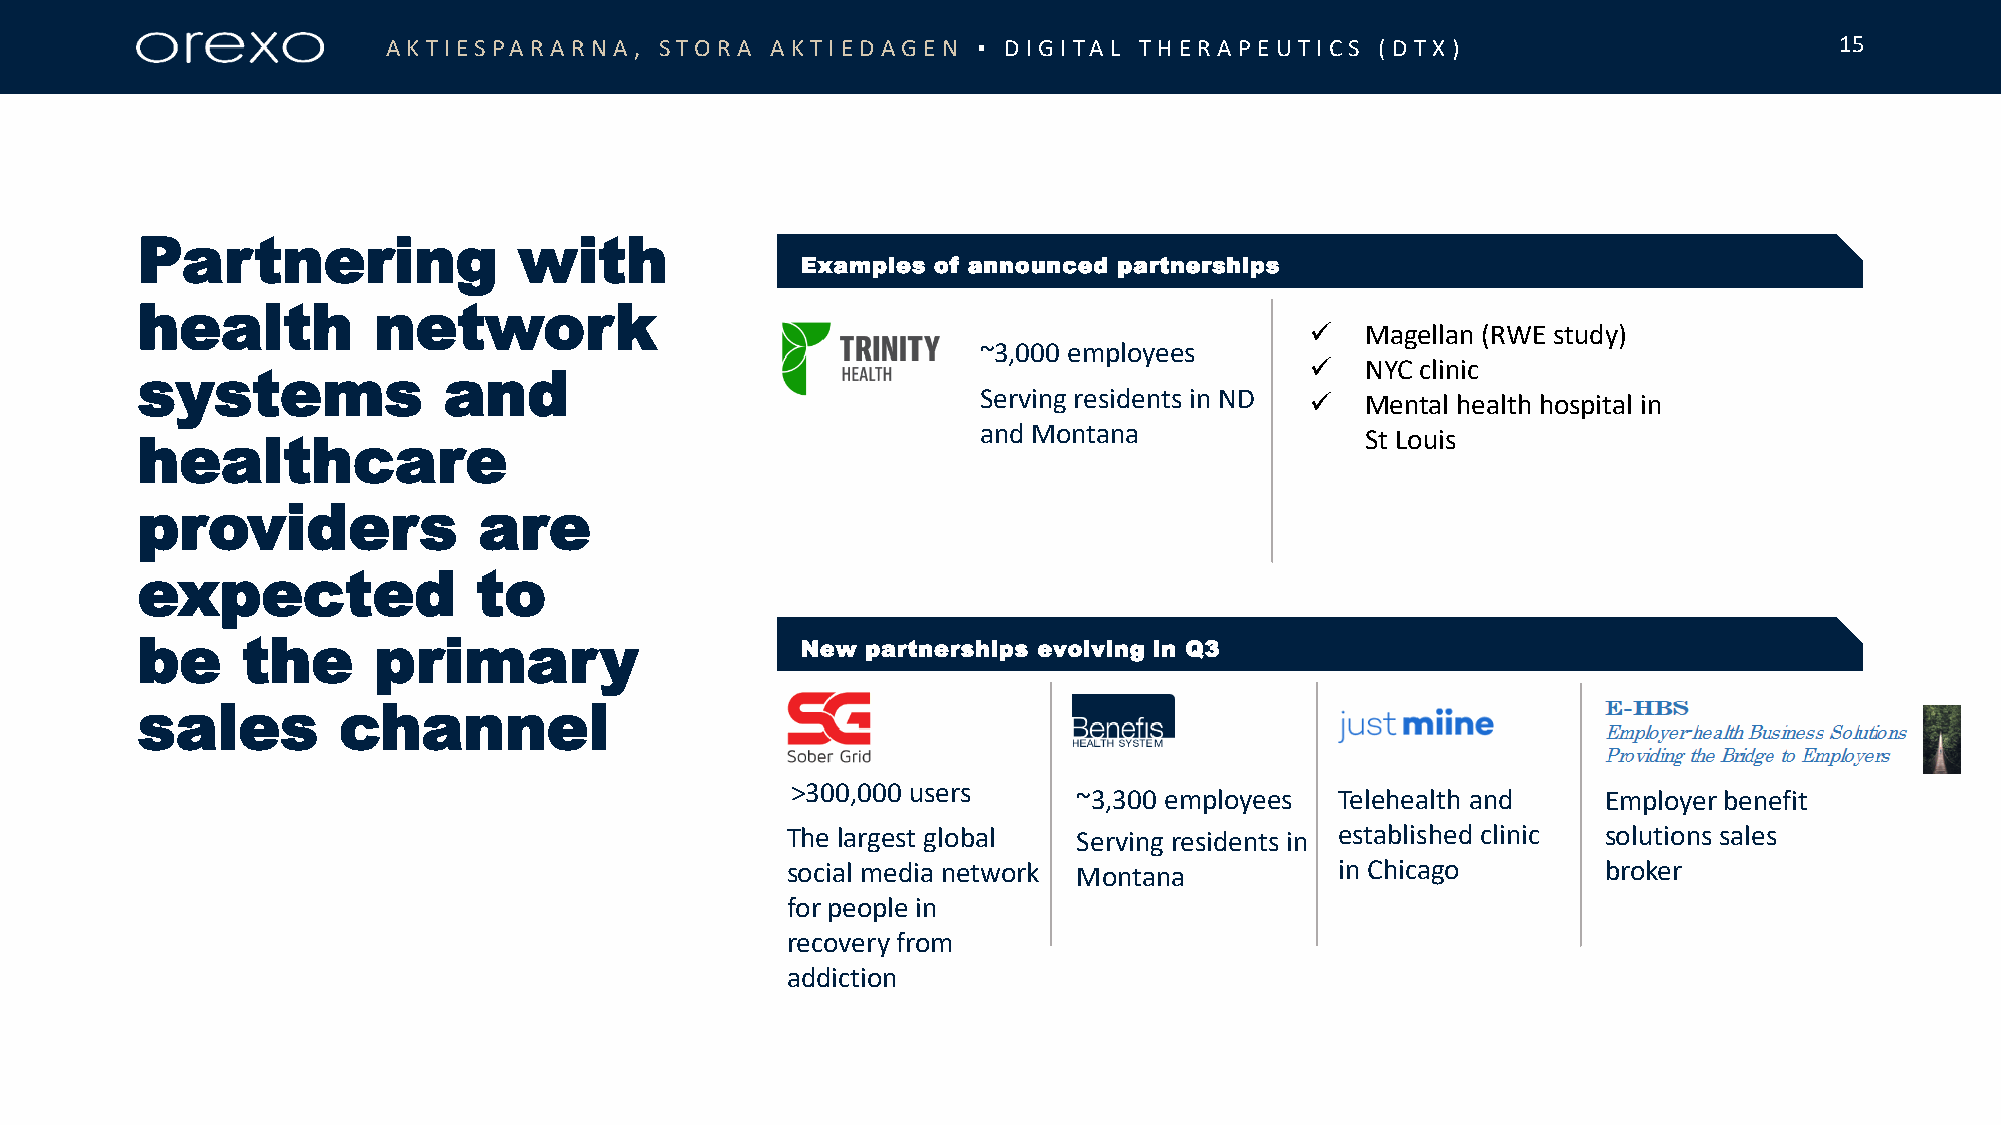
AKT IESPARARN  A , STORA AKT IE DAGE N ▪ D IGITA L T HE RA P E UT ICS (DT X)                    15
 Partnering               with
 Examples of announced partnerships
 health          network
   Magellan (RWE study)
 ~3,000 employees
   NYC clinic
 systems             and
 Serving residents in ND  Mental health hospital in
 healthcare                                              and Montana              St Louis
 providers              are
 expected               to
 be     the      primary                     New partnerships evolving in Q3
 sales        channel
 >300,000 users
 ~3,300 employees  Telehealth and   Employer benefit
 The largest global Serving residents in established clinic solutions sales
 social media network Montana         in Chicago       broker
 for people in
 recovery from
 addiction